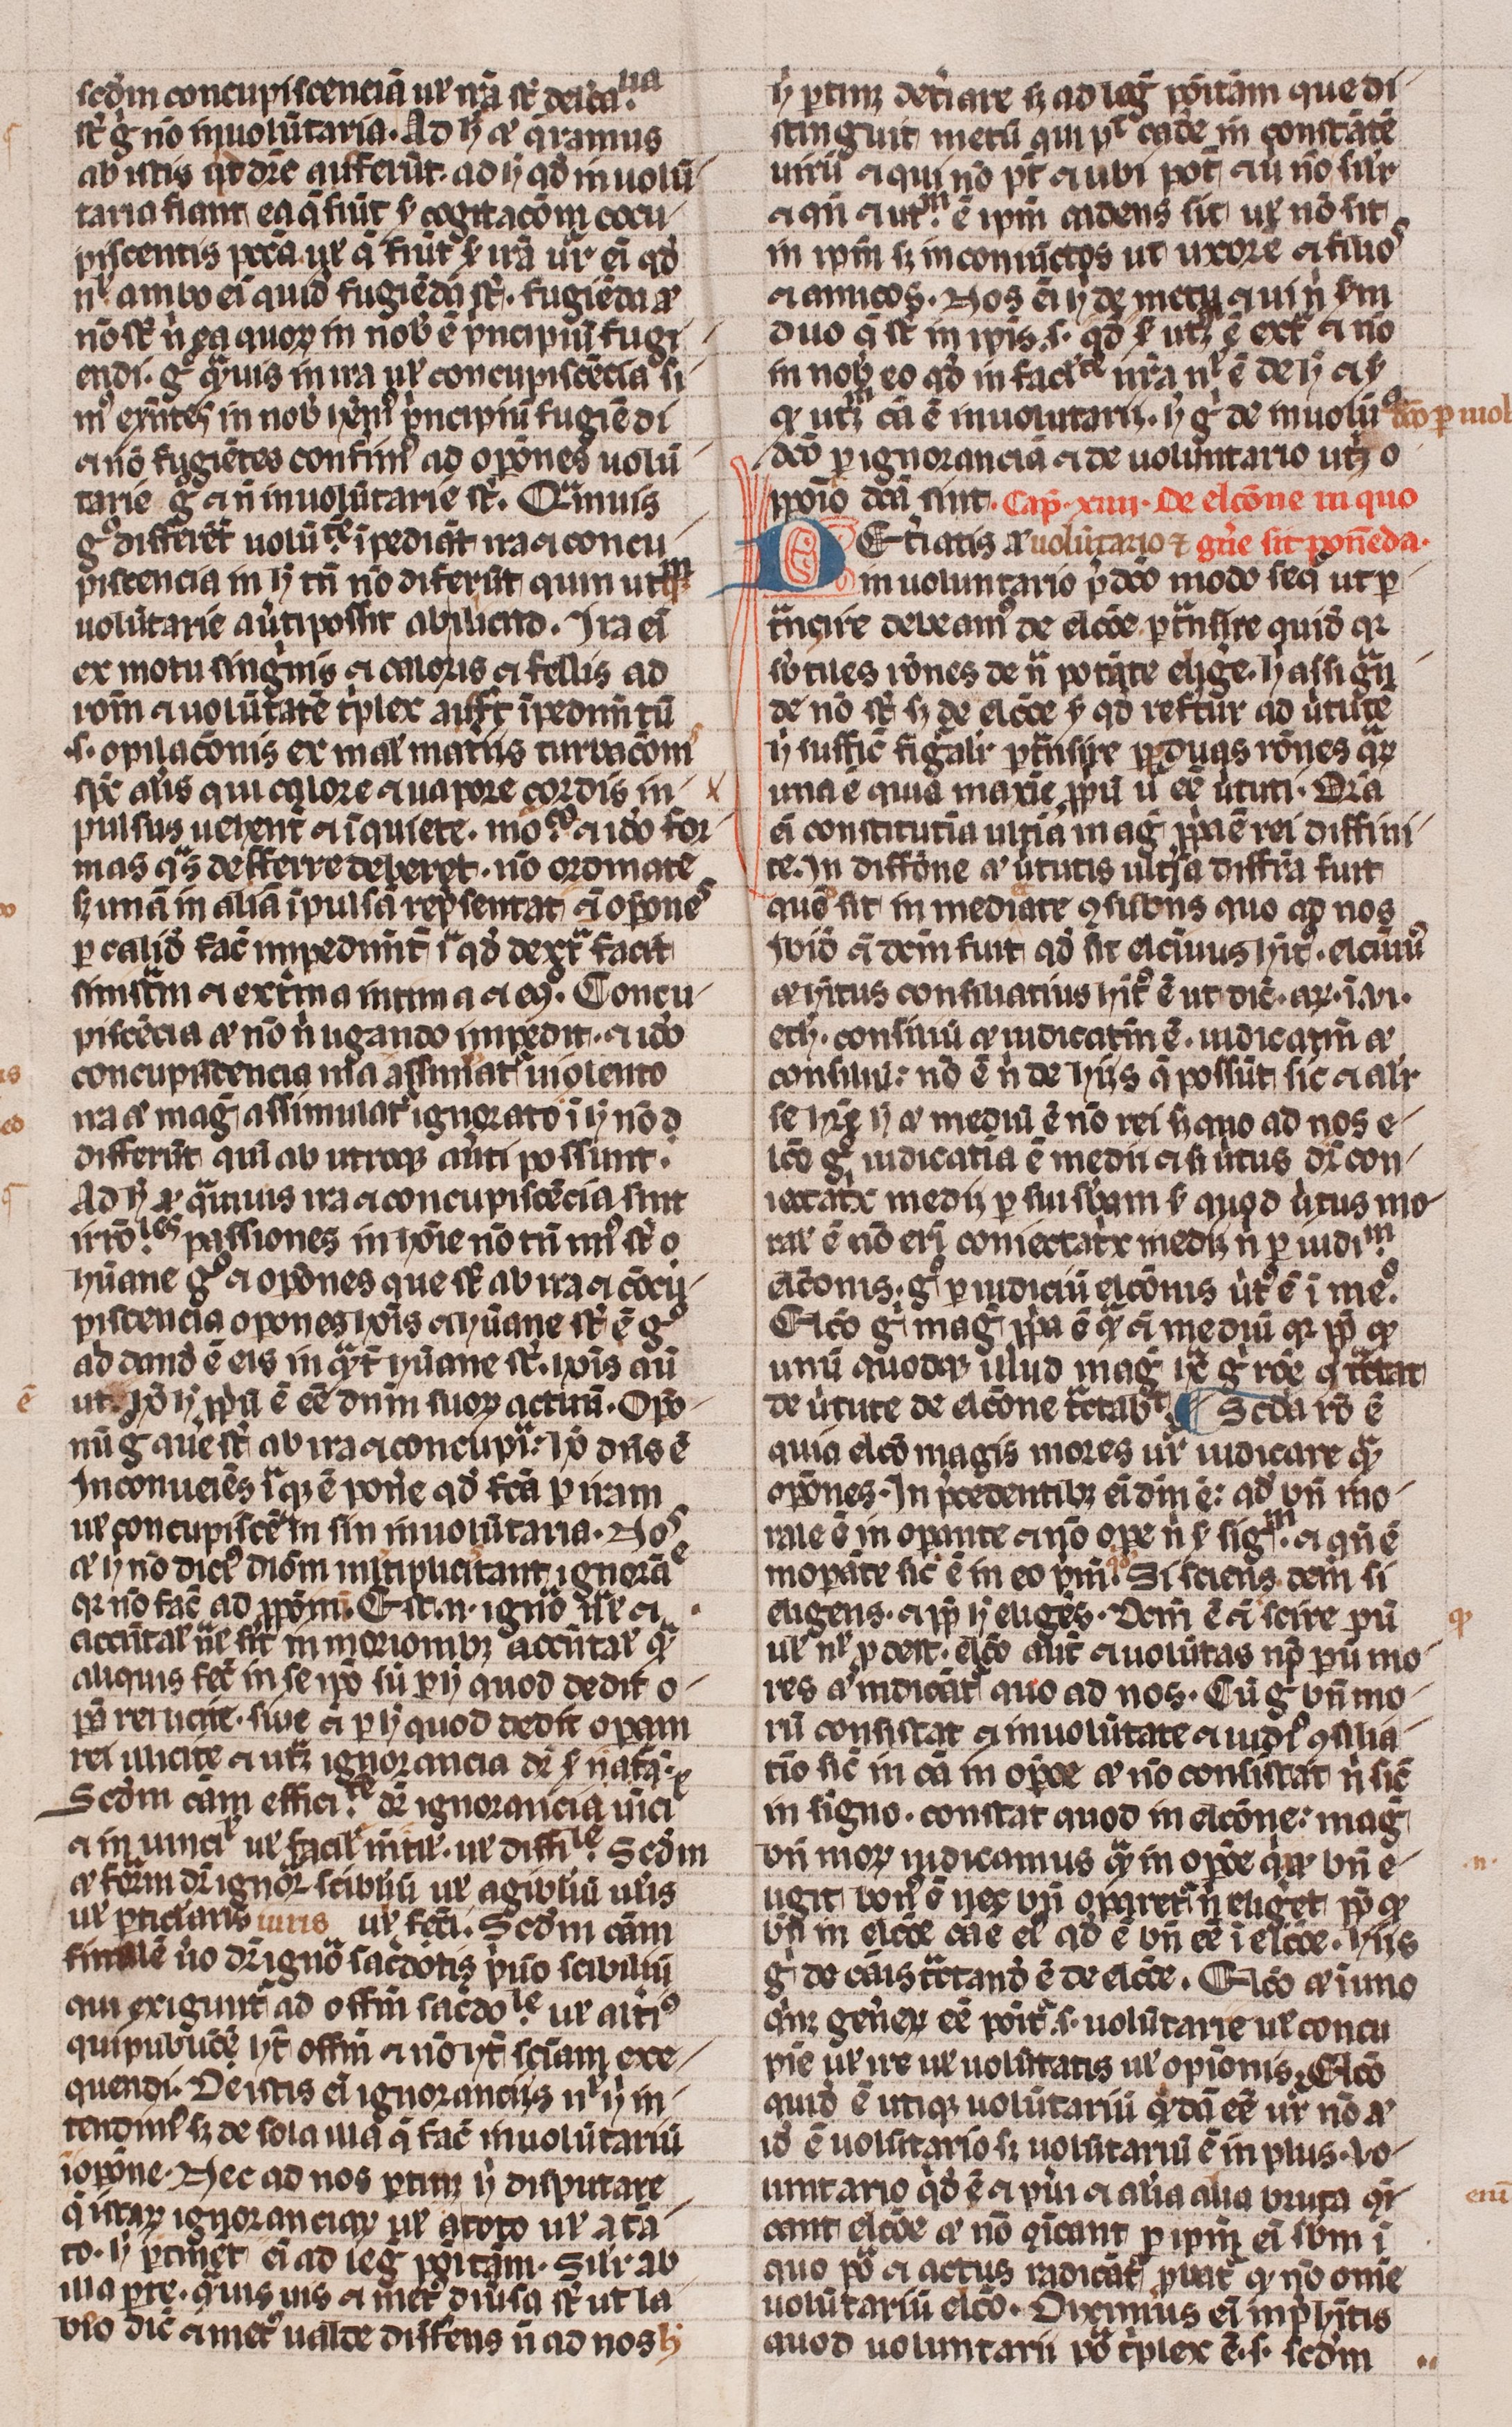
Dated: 1300–1399